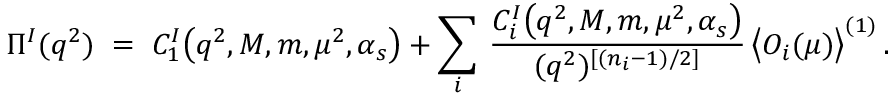
\Pi ^ { I } ( q ^ { 2 } ) \; = \; C _ { 1 } ^ { I } \big ( q ^ { 2 } , M , m , \mu ^ { 2 } , \alpha _ { s } \big ) + \sum _ { i } \, \frac { C _ { i } ^ { I } \big ( q ^ { 2 } , M , m , \mu ^ { 2 } , \alpha _ { s } \big ) } { ( q ^ { 2 } ) ^ { [ ( n _ { i } - 1 ) / 2 ] } } \, \big < O _ { i } ( \mu ) \big > ^ { ( 1 ) } \, .